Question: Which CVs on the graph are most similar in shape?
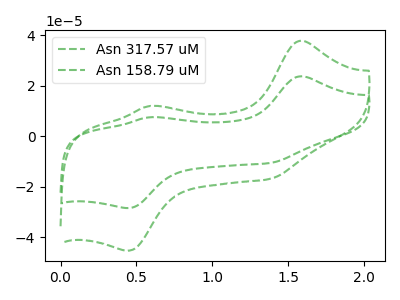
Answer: <think>The green dashed curve "Asn 317.57 uM" has anodic peaks at (1.60V, 37.75uA) (0.60V, 11.95uA) and cathodic peaks at (1.40V, -16.90uA) (0.45V, -45.35uA). The green dashed curve "Asn 158.79 uM" has anodic peaks at (1.60V, 23.70uA) (0.60V, 7.50uA) and cathodic peaks at (1.40V, -10.60uA) (0.45V, -28.45uA).
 All the peaks in "Asn 317.57 uM" have a peak in "Asn 158.79 uM" at the same potential. Every peak in "Asn 317.57 uM" is higher than every peak in "Asn 158.79 uM".</think>
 <answer>"Asn 317.57 uM" and "Asn 158.79 uM" have the same shape and are likely CV's of the same chemical.</answer>
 <eval>"Asn 317.57 uM" "Asn 158.79 uM"</eval>